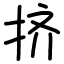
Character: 挤